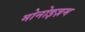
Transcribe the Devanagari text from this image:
मोनोइज़म